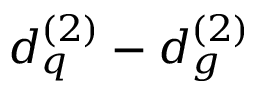
d _ { q } ^ { ( 2 ) } - d _ { g } ^ { ( 2 ) }